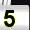
Digit: 5